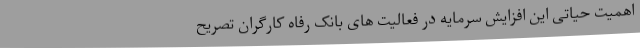
اهمیت حیاتی این افزایش سرمایه در فعالیت های بانک رفاه کارگران تصریح